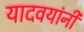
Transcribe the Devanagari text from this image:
यादवयांनी